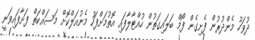
ދުވަހު މެންދުރުން ފެށިގެން ފޯމް ބަލައިގަތުން ހުއްޓާލާފައި އޮތުމަށްފަހު މެނުއަލްކޮށް މަސައްކަތް ފަށާފައިވަނީ